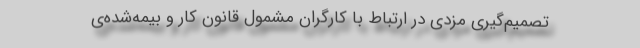
تصمیم‌گیری مزدی در ارتباط با کارگرانِ مشمول قانون کار و بیمه‌شده‌ی